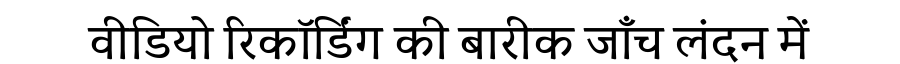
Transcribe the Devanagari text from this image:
वीडियो रिकॉर्डिंग की बारीक जाँच लंदन में